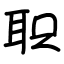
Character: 职